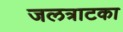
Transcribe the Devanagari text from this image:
जलत्राटका